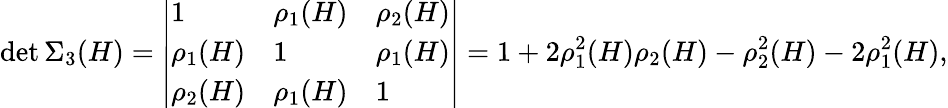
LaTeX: \operatorname*{det}\Sigma_{3}(H)=\left|\begin{array}{lll}{1}&{\rho_{1}(H)}&{\rho_{2}(H)}\\ {\rho_{1}(H)}&{1}&{\rho_{1}(H)}\\ {\rho_{2}(H)}&{\rho_{1}(H)}&{1}\end{array}\right|=1+2\rho_{1}^{2}(H)\rho_{2}(H)-\rho_{2}^{2}(H)-2\rho_{1}^{2}(H),